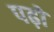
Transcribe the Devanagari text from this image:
पढ़ों